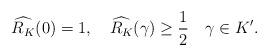
LaTeX: \begin{align*}\widehat{R_K}(0) = 1,\quad\widehat{R_K}(\gamma) \ge \frac{1}{2}\quad\gamma \in K'.\end{align*}